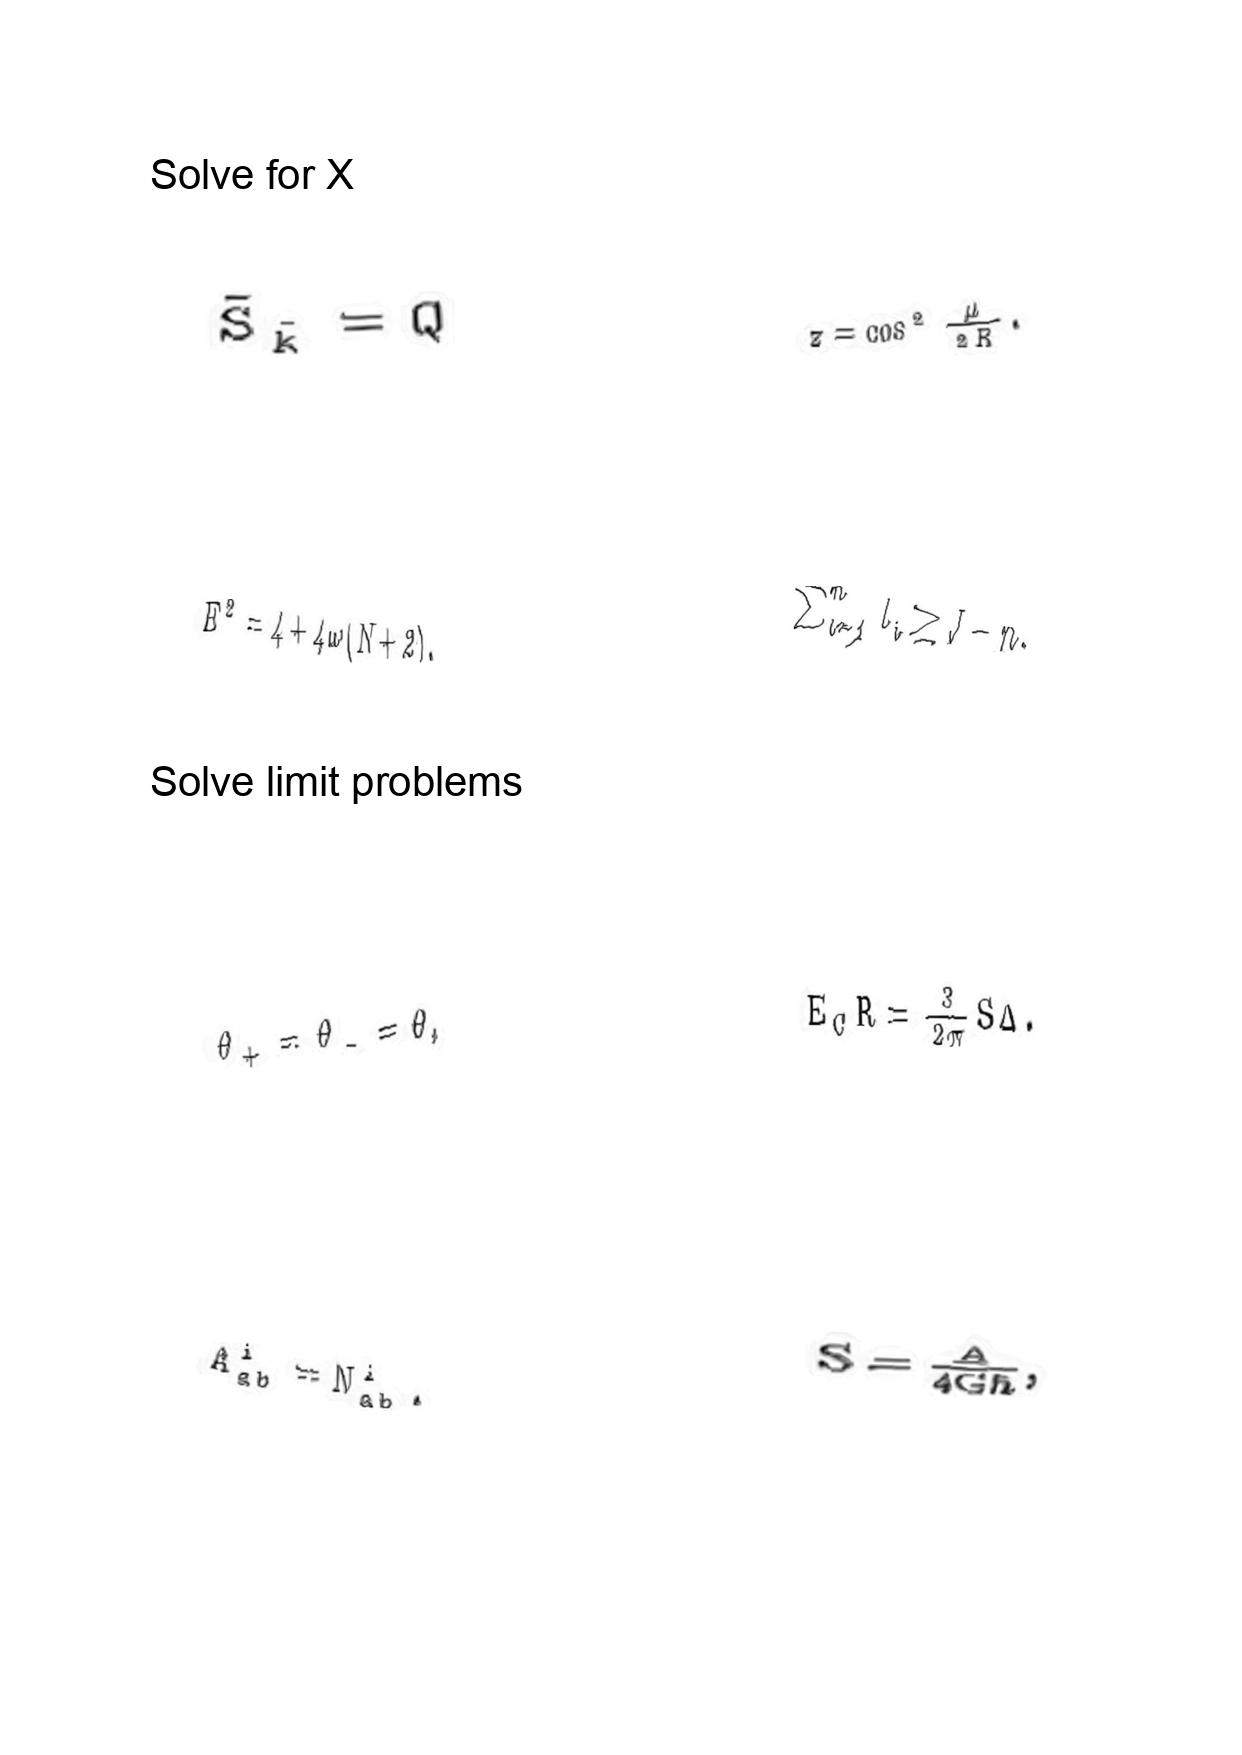
LaTeX transcription:
\tilde { S } _ { \tilde { k } } = Q
E ^ { 2 } = 4 + 4 \omega \lparen N + 2 \rparen .
\theta _ { + } = \theta _ { - } = \theta ,
A _ { a b } ^ { i } = N _ { a b } ^ { i } .
z = \cos ^ { 2 } \frac { \mu } { 2 R } .
\sum _ { i = 1 } ^ { n } l _ { i } \geq J - n .
E _ { C } R = \frac { 3 } { 2 \pi } S \Delta .
S = \frac { A } { 4 G \hbar } ,